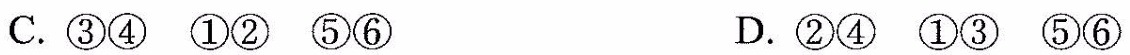
C.③④①②⑤⑥ D.②④①③⑤⑥